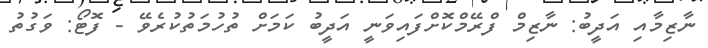
ނާޒިމާއި އަދީބު: ނާޒިމް ފްރޭމްކޮށްފައިވަނީ އަދީބު ކަމަށް ތުހުމަތުކުރެވޭ - ފޮޓޯ: ވަގުތު